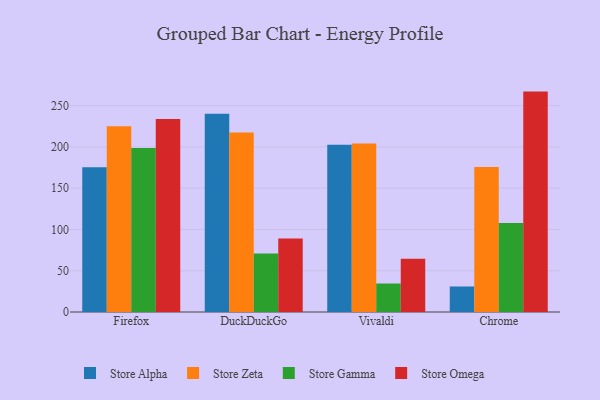
{"axis": {"x": "Browser", "y": "Gross Profit (USD K)"}, "legend": ["Store Alpha", "Store Gamma", "Store Omega", "Store Zeta"], "data": [{"x": "Firefox", "y": 175.4, "type": "Store Alpha"}, {"x": "Firefox", "y": 225.0, "type": "Store Zeta"}, {"x": "Firefox", "y": 198.6, "type": "Store Gamma"}, {"x": "Firefox", "y": 233.8, "type": "Store Omega"}, {"x": "DuckDuckGo", "y": 240.0, "type": "Store Alpha"}, {"x": "DuckDuckGo", "y": 217.5, "type": "Store Zeta"}, {"x": "DuckDuckGo", "y": 70.9, "type": "Store Gamma"}, {"x": "DuckDuckGo", "y": 89.0, "type": "Store Omega"}, {"x": "Vivaldi", "y": 202.4, "type": "Store Alpha"}, {"x": "Vivaldi", "y": 204.2, "type": "Store Zeta"}, {"x": "Vivaldi", "y": 34.5, "type": "Store Gamma"}, {"x": "Vivaldi", "y": 64.6, "type": "Store Omega"}, {"x": "Chrome", "y": 30.9, "type": "Store Alpha"}, {"x": "Chrome", "y": 175.5, "type": "Store Zeta"}, {"x": "Chrome", "y": 107.8, "type": "Store Gamma"}, {"x": "Chrome", "y": 266.9, "type": "Store Omega"}]}